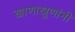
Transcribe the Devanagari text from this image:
खाणाखुणांनी